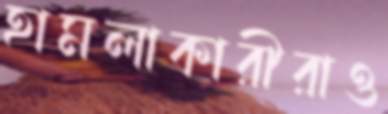
হামলাকারীরাও